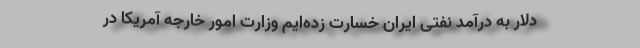
دلار به درآمد نفتی ایران خسارت زده‌ایم وزارت امور خارجه آمریکا در